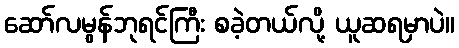
ဆော်လမွန်ဘုရင်ကြီး စခဲ့တယ်လို့ ယူဆရမှာပဲ။